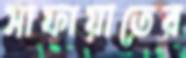
সাফায়াতের